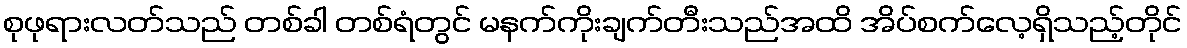
စုဖုရားလတ်သည် တစ်ခါ တစ်ရံတွင် မနက်ကိုးချက်တီးသည်အထိ အိပ်စက်လေ့ရှိသည့်တိုင်